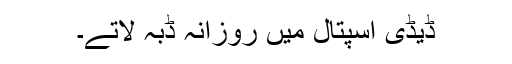
ڈیڈی اسپتال میں روزانہ ڈبہ لاتے۔